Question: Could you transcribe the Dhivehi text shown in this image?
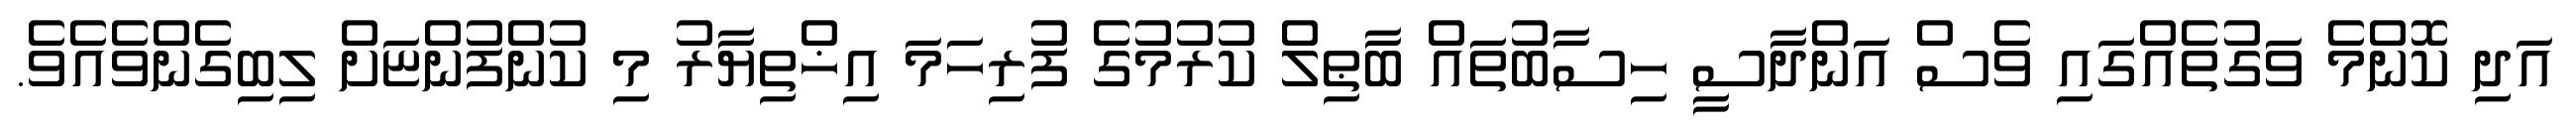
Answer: އަދި ކޮންމެ ވަގުތެއްގައި ވެސް އަންދާސީ ހިސާބުތައް ބާޠިލް ކުރުމުގެ ފުރިހަމަ އިޚްތިޔާރު މި ކުންފުންޏަށް ލިބިގެންވެއެވެ.